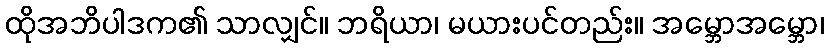
ထိုအဘိပါဒက၏ သာလျှင်။ ဘရိယာ၊ မယားပင်တည်း။ အမ္ဘောအမ္ဘော၊